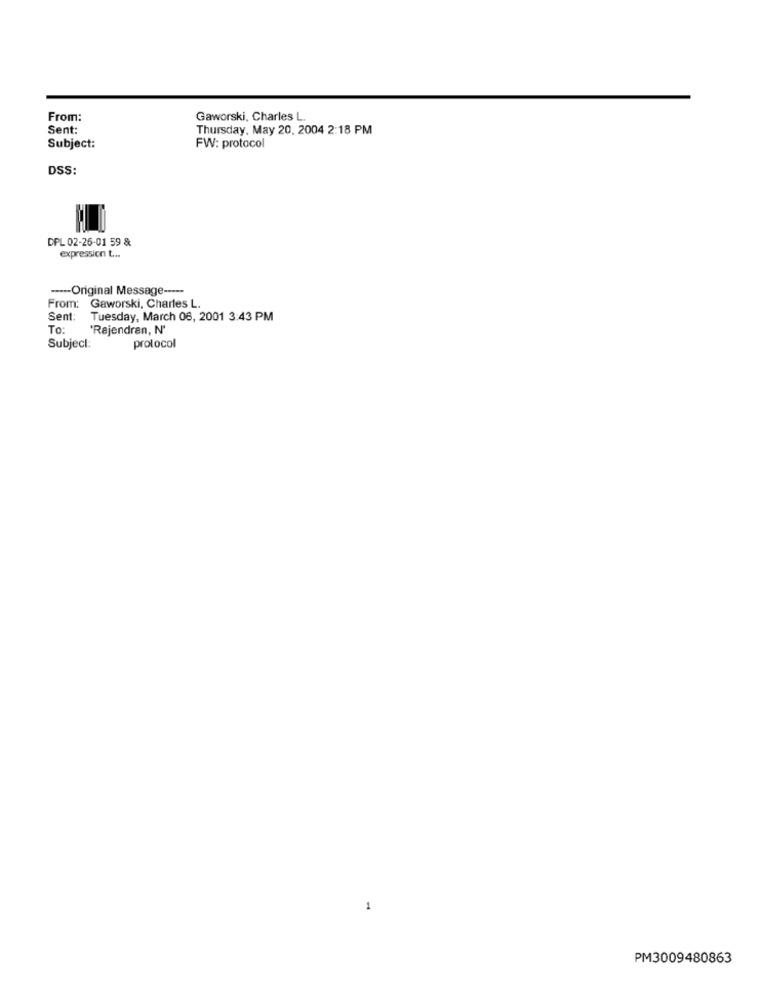
From:
Gaworski, Charles L.
Sent:
Thursday, May 20, 2004 2:18 PM
Subject:
FW: protocol
DSS:
DPL 02-26-01 59 &
expression t ...
---- Original Message -----
From: Gaworski, Charles L.
Sent:
Tuesday, March 06, 2001 3:43 PM
To:
'Rajendran, N'
Subject:
protocol
1
PM3009480863